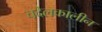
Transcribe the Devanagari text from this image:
चदेलकालीन